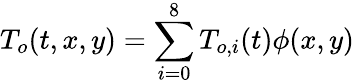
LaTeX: T_{o}(t,x,y)=\sum_{i=0}^{8}T_{o,i}(t)\phi(x,y)